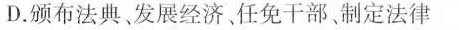
D.颁布法典、发展经济、任免干部、制定法律